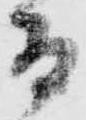
而